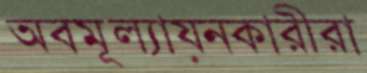
অবমূল্যায়নকারীরা